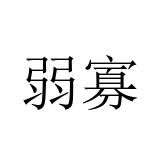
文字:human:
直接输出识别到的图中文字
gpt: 弱寡